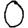
Digit: 0